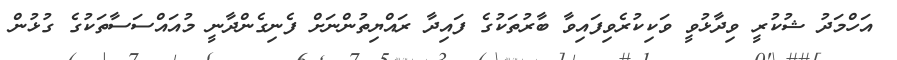
އަހްމަދު ޝުކުރީ ވިދާޅުވީ ވަކިކުރެވިފައިވާ ބާރުތަކުގެ ފައިދާ ރައްޔިތުންނަށް ފެނިގެންދާނީ މުއައްސަސާތަކުގެ ގުޅުން